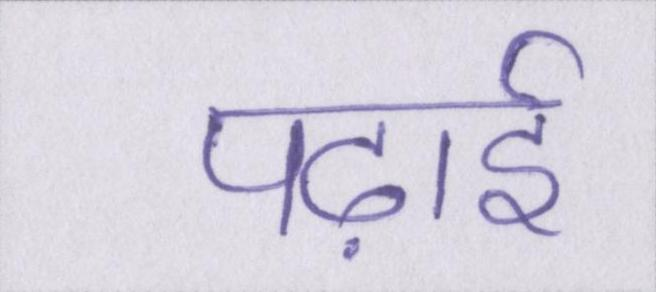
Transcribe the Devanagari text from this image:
पढ़ाई